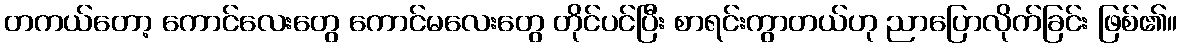
တကယ်တော့ ကောင်လေးတွေ ကောင်မလေးတွေ တိုင်ပင်ပြီး စာရင်းကွာတယ်ဟု ညာပြောလိုက်ခြင်း ဖြစ်၏။